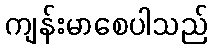
ကျန်းမာစေပါသည်